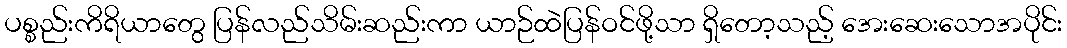
ပစ္စည်းကိရိယာတွေ ပြန်လည်သိမ်းဆည်းကာ ယာဉ်ထဲပြန်ဝင်ဖို့သာ ရှိတော့သည့် အေးဆေးသောအပိုင်း